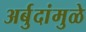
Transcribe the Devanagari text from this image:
अर्बुदांमुळे